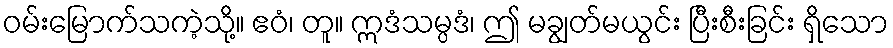
ဝမ်းမြောက်သကဲ့သို့။ ဧဝံ၊ တူ။ ဣဒံသမ္ပဒံ၊ ဤ မချွတ်မယွင်း ပြီးစီးခြင်း ရှိသော